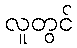
လူတွင်